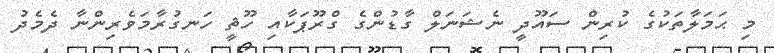
މި ޙަމަލާތަކުގެ ކުރިން ސައޫދީ ނެޝަނަލް ގާޑުންގެ ގްރޫޕަކާއި ހޫޘީ ހަނގުރާމަވެރިންނާ ދެމެދު